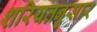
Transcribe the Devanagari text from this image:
शरियतनुसार